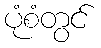
ပုံစံတွင်